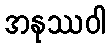
အနုဿဝါ